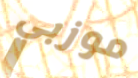
موزبي